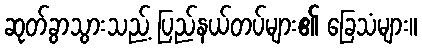
ဆုတ်ခွာသွားသည့် ပြည်နယ်တပ်များ၏ ခြေသံများ။